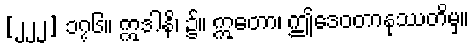
[၂၂၂] ၁၇၆။ ဣဒါနိ၊ ၌။ ဣတော၊ ဤဒေဝတာနုဿတိမှ။